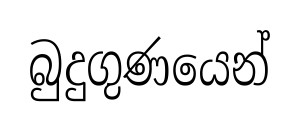
බුදුගුණයෙන්